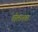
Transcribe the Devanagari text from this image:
तोलानचा